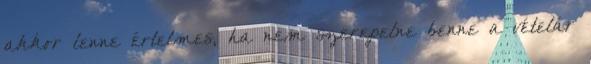
akkor lenne értelmes, ha nem szerepelne benne a vételár